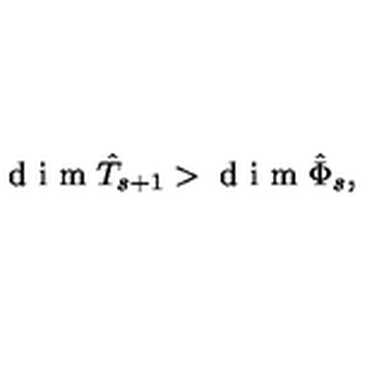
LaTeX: \textrm { d i m } \hat { T } _ { s + 1 } > \textrm { d i m } \hat { \Phi } _ { s } ,